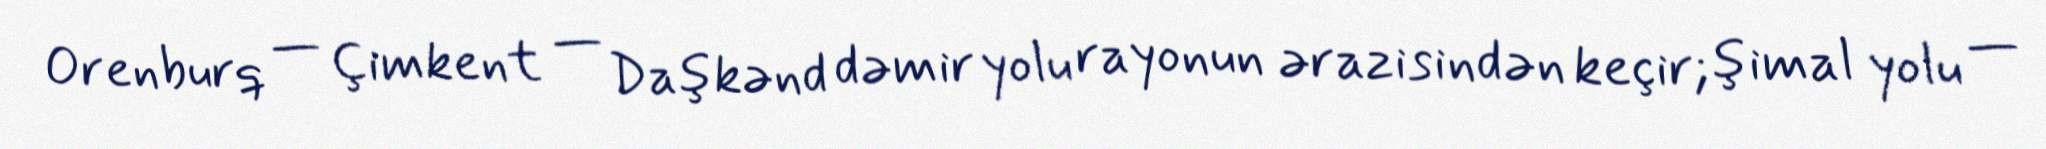
Orenburq — Çimkent — Daşkənd dəmir yolu rayonun ərazisindən keçir; şimal yolu —